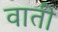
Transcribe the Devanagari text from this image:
वाती